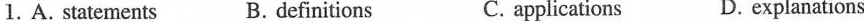
1. A. statements B. definitions C. applications D. explanations